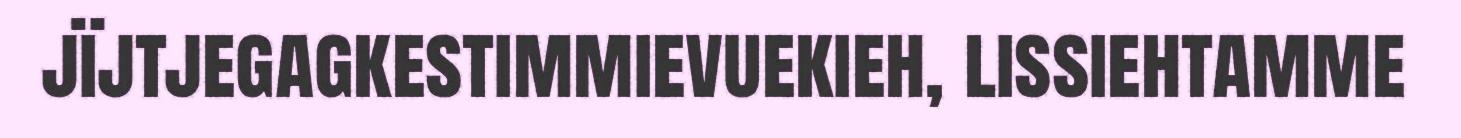
jïjtjegagkestimmievuekieh, lissiehtamme